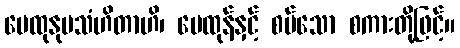
မေထုနုပသံဟိတာဟိ၊ မေထုန်နှင့် စပ်သော စကားတို့ဖြင့်။